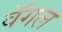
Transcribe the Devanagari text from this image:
वॅगल